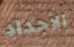
الأجداد